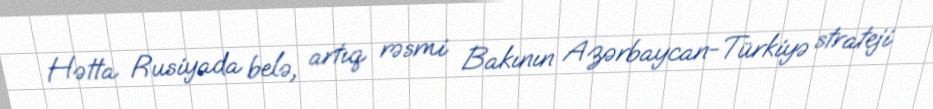
Hətta Rusiyada belə, artıq rəsmi Bakının Azərbaycan-Türkiyə strateji